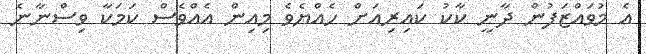
އެ މުވައްޒަފުން ދާނީ ކާކު ކައިރިއަށް ހެއްޔެވެ މިއިން އެއްވެސް ކަމަކާ ވިސްނާނެ